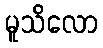
မူသိလော